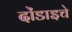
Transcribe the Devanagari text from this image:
दोंडाइचे